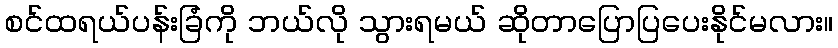
စင်ထရယ်ပန်းခြံကို ဘယ်လို သွားရမယ် ဆိုတာပြောပြပေးနိုင်မလား။